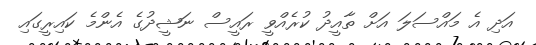
އަދި އެ މައްސަލަ އަށް ތާއީދު ކުރެއްވީ ރައީސް ނަޝީދުގެ އެންމެ ކައިރީގައި